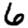
Digit: 6